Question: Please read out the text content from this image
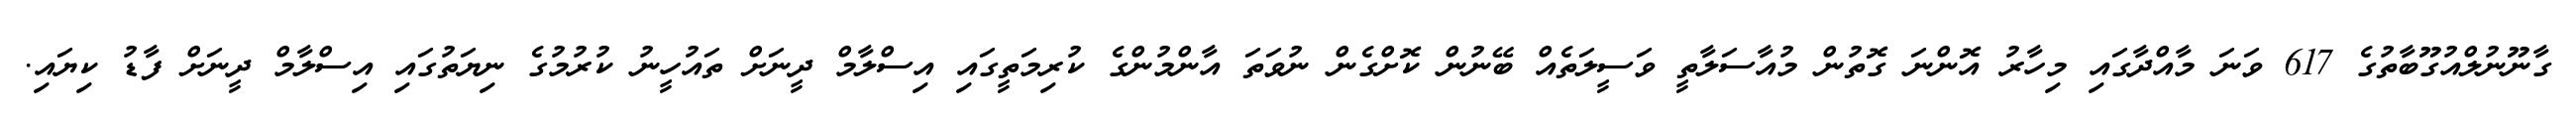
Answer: ގާނޫނުލްއުގޫބާތުގެ 617 ވަނަ މާއްދާގައި މިހާރު އޮންނަ ގޮތުން މުއާސަލާތީ ވަސީލަތެއް ބޭނުން ކޮށްގެން ނުވަތަ އާންމުންގެ ކުރިމަތީގައި އިސްލާމް ދީނަށް ތައުހީނު ކުރުމުގެ ނިޔަތުގައި އިސްލާމް ދީނަށް ފާޑު ކިޔައި.